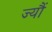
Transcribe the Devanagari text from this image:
ज्‍यौं